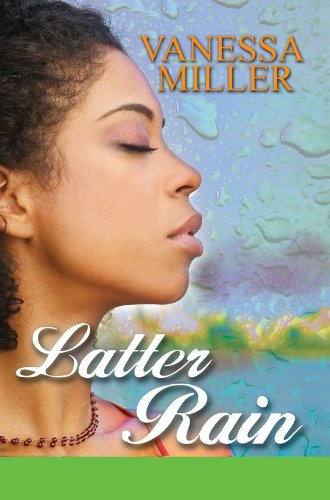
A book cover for Latter Rain (Urban Books); Vanessa Miller; Christian Books & Bibles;